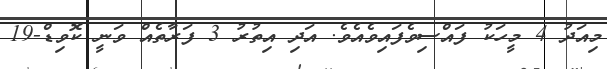
މިއަދު 4 މީހަކު ފައްސިވެފައިވެއެވެ. އަދި އިތުރު 3 ފަރާތެއް ވަނީ ކޮވިޑް-19